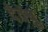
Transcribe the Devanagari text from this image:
देवेषु